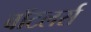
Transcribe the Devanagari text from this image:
बॉटलर्स